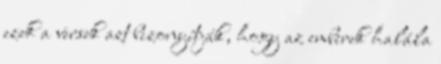
ezek a versek azt bizonyítják, hogy az emberek halála